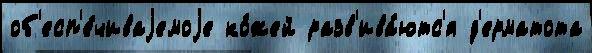
об'есп'е́чиваjемоjе ко́жей разв'ива́ютс'я д'ерматота